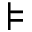
\models